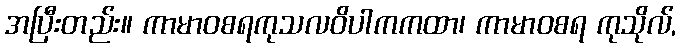
အပြီးတည်း။ ကာမာဝစရကုသလဝိပါကကထာ၊ ကာမာဝစရ ကုသိုလ်,